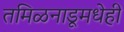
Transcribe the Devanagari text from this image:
तमिळनाडूमधेही